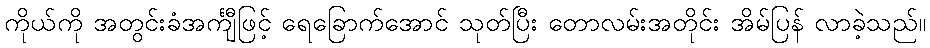
ကိုယ်ကို အတွင်းခံအင်္ကျီဖြင့် ရေခြောက်အောင် သုတ်ပြီး တောလမ်းအတိုင်း အိမ်ပြန် လာခဲ့သည်။